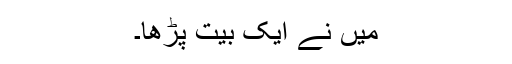
میں نے ایک بیت پڑھا۔